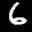
Label: 6